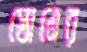
স্তোত্রের